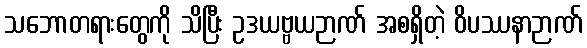
သဘောတရားတွေကို သိပြီး ဥဒယဗ္ဗယဉာဏ် အစရှိတဲ့ ဝိပဿနာဉာဏ်